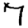
Digit: 7